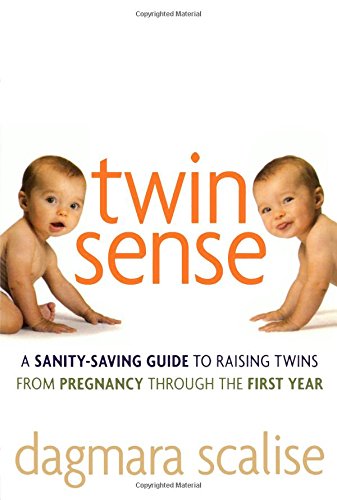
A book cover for Twin Sense: A Sanity-Saving Guide to Raising Twins -- From Pregnancy Through the First Year; Dagmara Scalise; Parenting & Relationships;